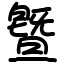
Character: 曁